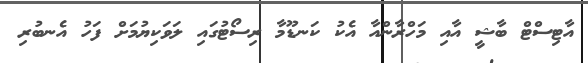
އާޓިސްޓް ބާޝީ އާއި މަހްރާންއާ އެކު ކަނޑޫމާ ރިސޯޓުގައި ލަވަކިޔުމަށް ފަހު އެނބުރި